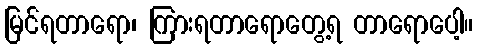
မြင်ရတာရော၊ ကြားရတာရောတွေ့ရ တာရောပေါ့။